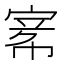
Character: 𡩅